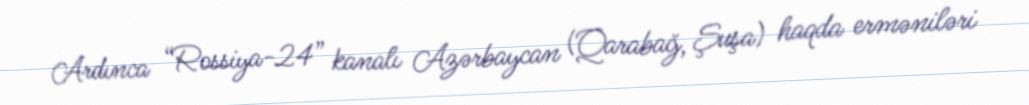
Ardınca “Rossiya-24” kanalı Azərbaycan (Qarabağ, Şuşa) haqda erməniləri